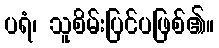
ပရံ၊ သူစိမ်းပြင်ပဖြစ်၏။